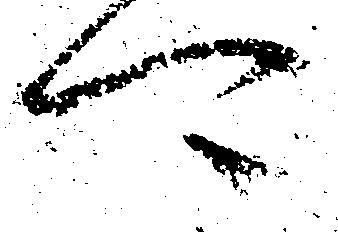
可